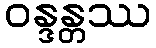
ဝန္ဒန္တဿ